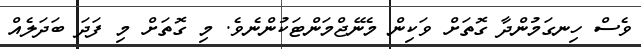
ވެސް ހިނގަމުންދާ ގޮތަށް ވަކިން މެނޭޖްމަންޓަކުންނެވެ. މި ގޮތަށް މި ފަދަ ބަދަލެއް